Leprosy in India: report of the Leprosy Commission in India, 1890-91
Year: 1890
Disease focus: Leprosy
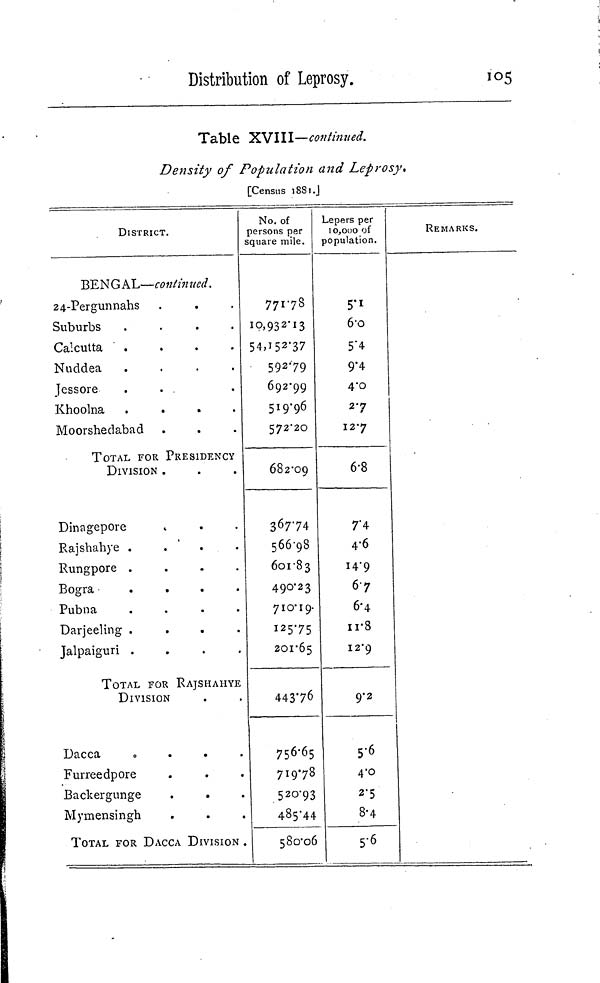
Distribution of Leprosy.
105
Table XVIII—continued.
Density of Population and Leprosy,
[Census 1881.]
DISTRICT.
BENGAL—continued.
24-Pergunnahs
Suburbs
.
.
.
.
Calcutta
.
.
.
.
Nuddea
.
.
.
.
Jessore
Khoolna
.
.
.
.
Moorshedabad
TOTAL FOR PRESIDENCY
DIVISION .
Dinagepore
Rajshahye .
.
Rungpore
.
.
.
.
Bogra
.
.
.
.
Pubna
.
.
.
.
Darjeeling .
.
.
.
Jalpaiguri
.
.
.
.
TOTAL FOR RAJSHAHYE
DIVISION
Dacca
Furreedpore
Backergunge
.
.
Mymensingh
.
.
.
TOTAL FOR DACCA DIVISION
No. of
persons per
square mile.
771.78
10,932.13
54,152.37
592.79
692.99
519.96
572.20
682.09
367.74
566.98
601.83
490.23
710.19.
125.75
201.65
44376
756.65
719.78
520.93
485.44
580.06
Lepers per
10,000 of
population.
5'1
6.0
5.4
9.4
4.0
2.7
12.7
6.8
7.4
4.6
14.9
67
6.4
11.8
12.9
9.2
5.6
4.0
2.5
8.4
5.6
REMARKS.